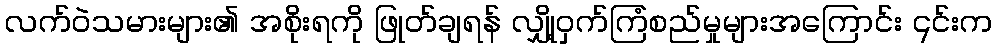
လက်ဝဲသမားများ၏ အစိုးရကို ဖြုတ်ချရန် လျှို့ဝှက်ကြံစည်မှုများအကြောင်း ၎င်းက